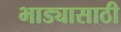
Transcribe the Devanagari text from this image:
भाड्यासाठी